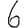
Digit: 6